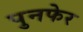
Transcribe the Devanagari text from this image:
पुनफेर